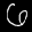
Label: 6